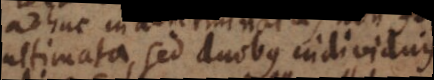
ultimata, sed duobus individuis